Scottish Leaving Certificate Examination, 1958
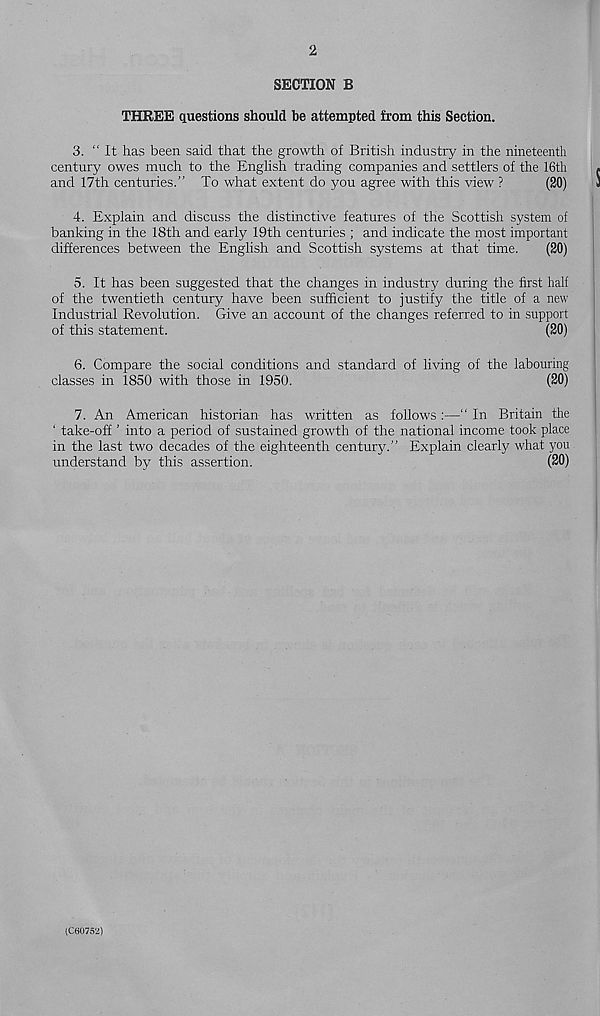
2
SECTION B
THREE questions should be attempted from this Section.
3. “It has been said that the growth of British industry in the nineteenth
century owes much to the English trading companies and settlers of the 16th
and 17th centuries.’’ To what extent do you agree with this view ?
(20)
4. Explain and discuss the distinctive features of the Scottish system of
banking in the 18th and early 19th centuries ; and indicate the most important
differences between the English and Scottish systems at that time.
(20)
5. It has been suggested that the changes in industry during the first half
of the twentieth century have been sufficient to justify the title of a new
Industrial Revolution. Give an account of the changes referred to in support
of this statement.
(20)
6. Compare the social conditions and standard of living of the labouring
classes in 1850 with those in 1950.
(20)
7. An American historian has written as follows :—“ In Britain the
‘ take-off ’ into a period of sustained growth of the national income took place
in the last two decades of the eighteenth century.’’ Explain clearfy what you
understand by this assertion.
(20)
(Ce075'2)